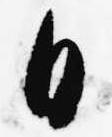
日